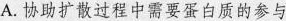
A.协助扩散过程中需要蛋白质的参与